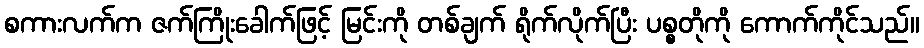
စကားလက်က ဇက်ကြိုးခေါက်ဖြင့် မြင်းကို တစ်ချက် ရိုက်လိုက်ပြီး ပစ္စတိုကို ကောက်ကိုင်သည်။